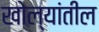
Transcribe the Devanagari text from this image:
खोल्यांतील